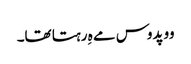
وو پدوس مے ہِ رہتا تھا۔